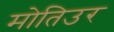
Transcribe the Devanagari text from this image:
मोतिउर